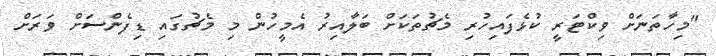
"މިހާތަނަށް ވިކްޓަރީ ކުޅެފައިހުރި މެޗުތަކަށް ބަލާއިރު އެމީހުން މި މެޗުގައި ޑިފެންސަށް ވަރަށް